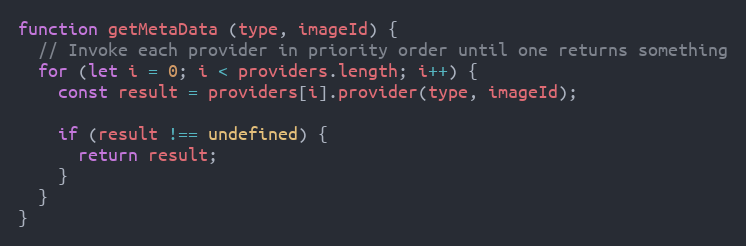
Language: JavaScript
function getMetaData (type, imageId) {
  // Invoke each provider in priority order until one returns something
  for (let i = 0; i < providers.length; i++) {
    const result = providers[i].provider(type, imageId);

    if (result !== undefined) {
      return result;
    }
  }
}